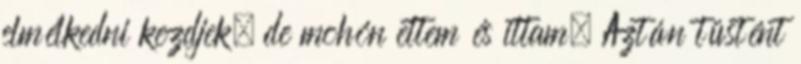
elmélkedni kezdjek, de mohón ettem és ittam. Aztán tüstént